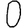
Digit: 0